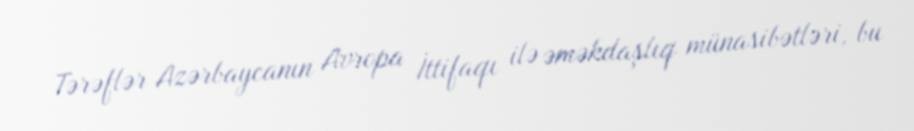
Tərəflər Azərbaycanın Avropa İttifaqı ilə əməkdaşlıq münasibətləri, bu